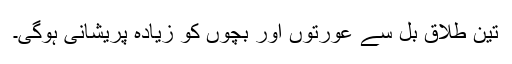
تین طلاق بل سے عورتوں اور بچوں کو زیادہ پریشانی ہوگی۔